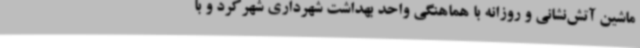
ماشین آتش‌نشانی و روزانه با هماهنگی واحد بهداشت شهرداری شهرکرد و با